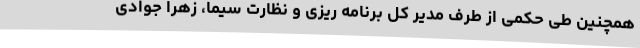
همچنین طی حکمی از طرف مدیر کل برنامه ریزی و نظارت سیما، زهرا جوادی